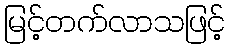
မြင့်တက်လာသဖြင့်